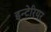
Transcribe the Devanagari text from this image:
इन्टेरियर